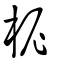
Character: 柅